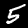
Label: 5